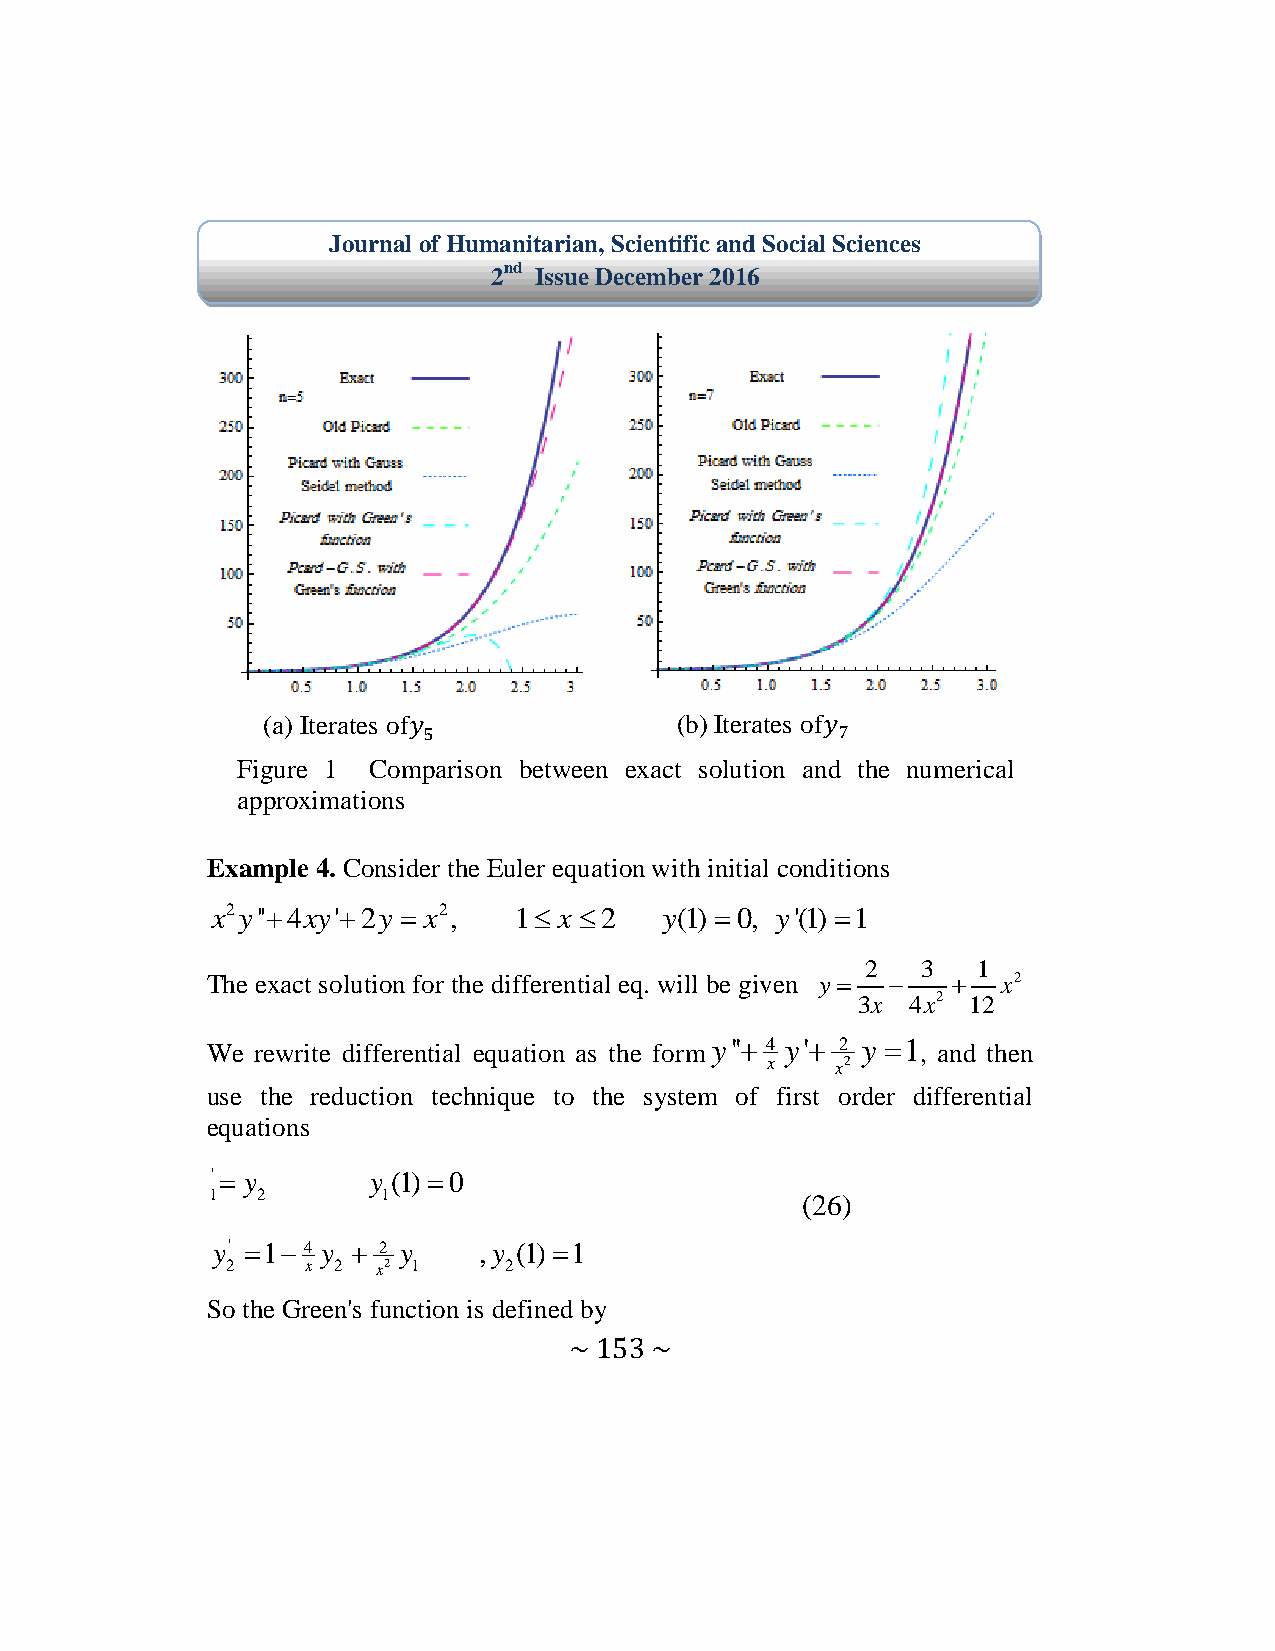
Journal of Humanitarian, Scientific and Social Sciences
 2nd Issue December 2016
 (a) Iterates of             (b) Iterates of
 Figure 1 Comparison between exact solution and the numerical
 approximations
 Example 4. Consider the Euler equation with initial conditions
 x2y''4xy'2y  x2, 1 x  2  y(1) 0, y'(1) 1
 2   3   1
 The exact solution for the differential eq. will be given y    x2
 3x 4x2 12
 We rewrite differential equation as the form y'' 4 y' 2 y 1, and then
 x   x2
 use the reduction technique to the system of first order differential
 equations
 ' y       y (1)0
 1  2       1                           (26)
 y' 1 4 y  2 y  ,y (1)1
 2    x 2  x2 1    2
 So the Green's function is defined by
 ~ 153 ~